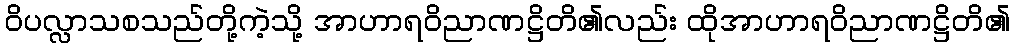
ဝိပလ္လာသစသည်တို့ကဲ့သို့ အာဟာရဝိညာဏဋ္ဌိတိ၏လည်း ထိုအာဟာရဝိညာဏဋ္ဌိတိ၏